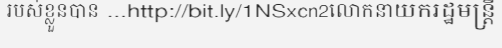
របស់ខ្លួនបាន ...http://bit.ly/1NSxcn2លោកនាយករដ្ឋមន្ត្រី